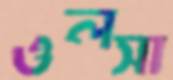
ওলসা